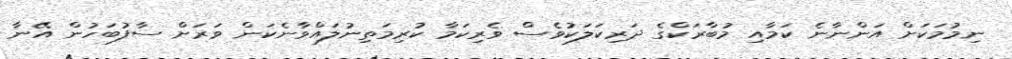
ނިމުމަކަށް އަންނާނެ ކަމާއި މުބާރަކްގެ ދަރިކަލަކުވެސް ވެރިކަމާ ކުރިމަތިނުލައްވާނެކަން ވަރަށް ސާފުބަހުން އޭނާ